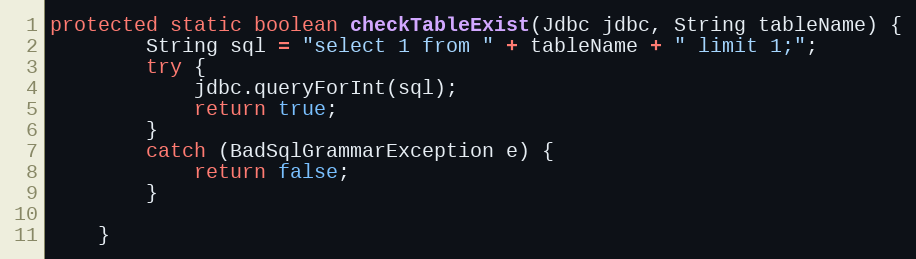
Language: Java
protected static boolean checkTableExist(Jdbc jdbc, String tableName) {
		String sql = "select 1 from " + tableName + " limit 1;";
		try {
			jdbc.queryForInt(sql);
			return true;
		}
		catch (BadSqlGrammarException e) {
			return false;
		}

	}